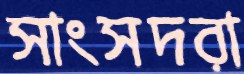
সাংসদরা